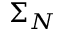
\Sigma _ { N }